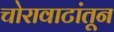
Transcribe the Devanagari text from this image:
चोरावाटांतून